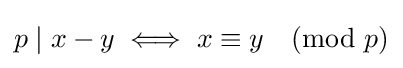
p\mid x-y\iff x\equiv y{\pmod {p}}